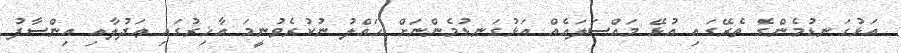
އަޅުގަނޑުމެންގެ ތެރޭގައި އުޅޭ މައްސަލައެއް އަޅުގަނޑުމެންނަށް ޙައްލު ނުކުރެވުނީމަ އާޚިރުގައި ޢަދުލާއި އިންސާފު